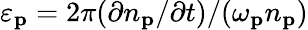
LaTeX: \varepsilon_{\mathbf{p}}=2\pi(\partial n_{\mathbf{p}}/\partial t)/(\omega_{\mathbf{p}}n_{\mathbf{p}})